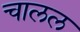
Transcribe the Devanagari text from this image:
चालल